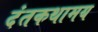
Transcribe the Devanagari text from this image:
दंतकथामय